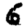
Digit: 6